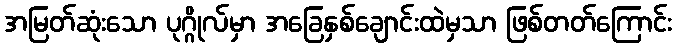
အမြတ်ဆုံးသော ပုဂ္ဂိုလ်မှာ အခြေနှစ်ချောင်းထဲမှသာ ဖြစ်တတ်ကြောင်း